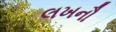
લખનૌ